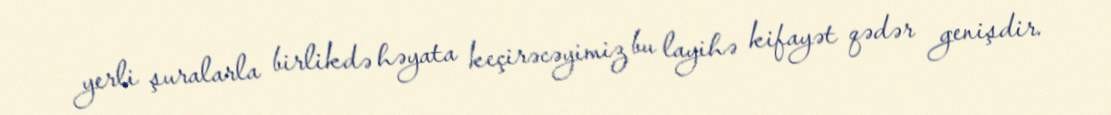
yerli şuralarla birlikdə həyata keçirəcəyimiz bu layihə kifayət qədər genişdir.